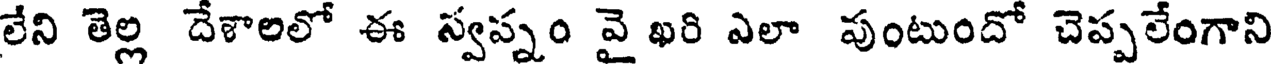
లేని తెల్ల దేళాలలో ఈ స్వప్నం వై ఖరి ఎలా పుంటుందో చెప్పలేంగాని